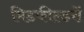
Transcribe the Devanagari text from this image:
मिडफील्डरों